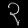
Digit: ၃